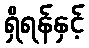
ရှိရန်နှင့်